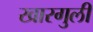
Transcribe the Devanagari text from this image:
खारगुली